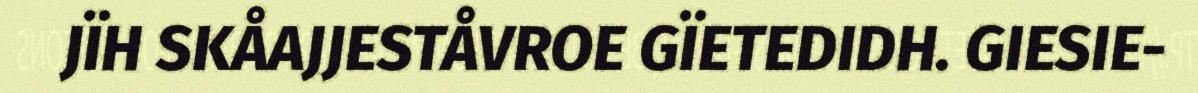
JÏH SKÅAJJESTÅVROE GÏETEDIDH. GIESIE-